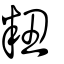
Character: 粈